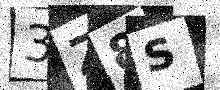
Text: 3Z8S